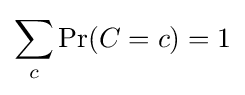
\sum _{c}\Pr(C=c)=1